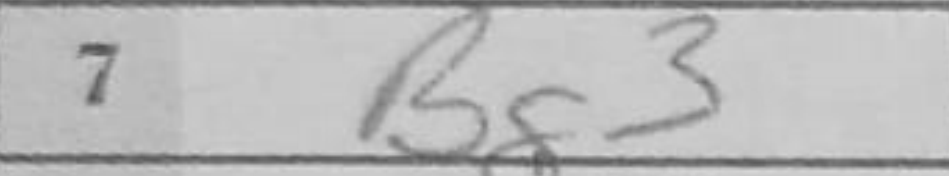
Transcription: Bg3